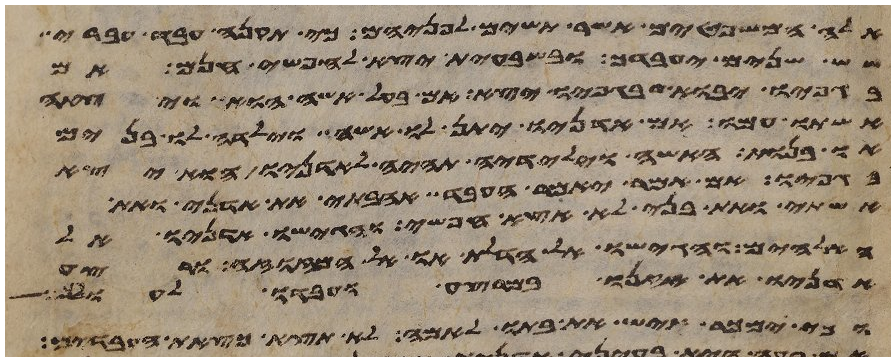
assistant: אלה המשפטים אשר תשים לפניהם כי תקנה עבד עברי
שש שנים יעבדך ובשבעית יצא לחפשי חנם אם
בגפיו יבוא בגפיו יצא אם בעל אשה הוא ויצאה
אשתו עמו אם אדניו יתן לו אשה וילדה לו בנים
או בנות האשה וילידיה תהיה לאדניו והוא יצא
בגפיו אם אמר יאמר העבד אהבתי את אדני את
אשתי ואת בני לא אצא חפשי והגישו אדניו אל
האלהים והגישו אל הדלת או אל המזוזה ורצע
אדניו את אזנו במרצע ועבדו לעולם
וכי ימכר איש את בתו לאמה לא תצא כצאת העבדים